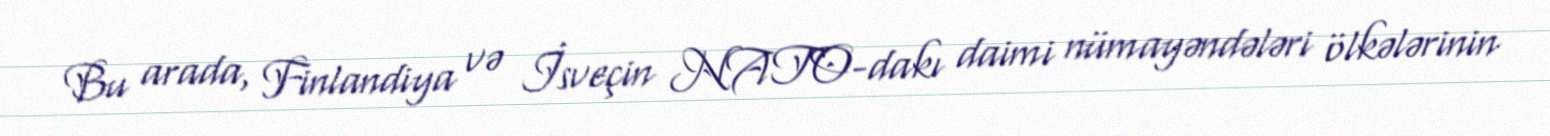
Bu arada, Finlandiya və İsveçin NATO-dakı daimi nümayəndələri ölkələrinin